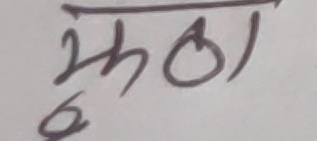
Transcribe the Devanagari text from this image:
झुठो